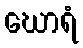
ဃောရံ